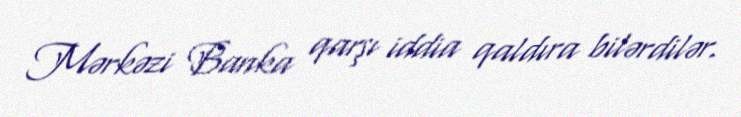
Mərkəzi Banka qarşı iddia qaldıra bilərdilər.